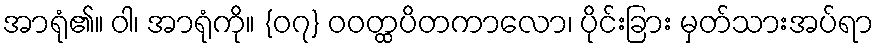
အာရုံ၏။ ဝါ၊ အာရုံကို။ {၀၇} ဝဝတ္ထပိတကာလော၊ ပိုင်းခြား မှတ်သားအပ်ရာ